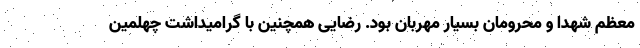
معظم شهدا و محرومان بسیار مهربان بود. رضایی همچنین با گرامیداشت چهلمین